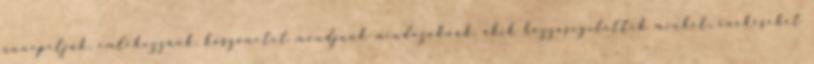
ünnepeljük, emlékezzünk, köszönetet mondjunk mindazoknak, akik hozzásegítettek minket, énekeseket